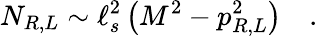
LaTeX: N_{R,L}\sim\ell_{s}^{2}\left(M^{2}-p_{R,L}^{2}\right)\quad.